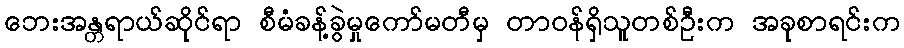
ဘေးအန္တရာယ်ဆိုင်ရာ စီမံခန့်ခွဲမှုကော်မတီမှ တာဝန်ရှိသူတစ်ဦးက အခုစာရင်းက